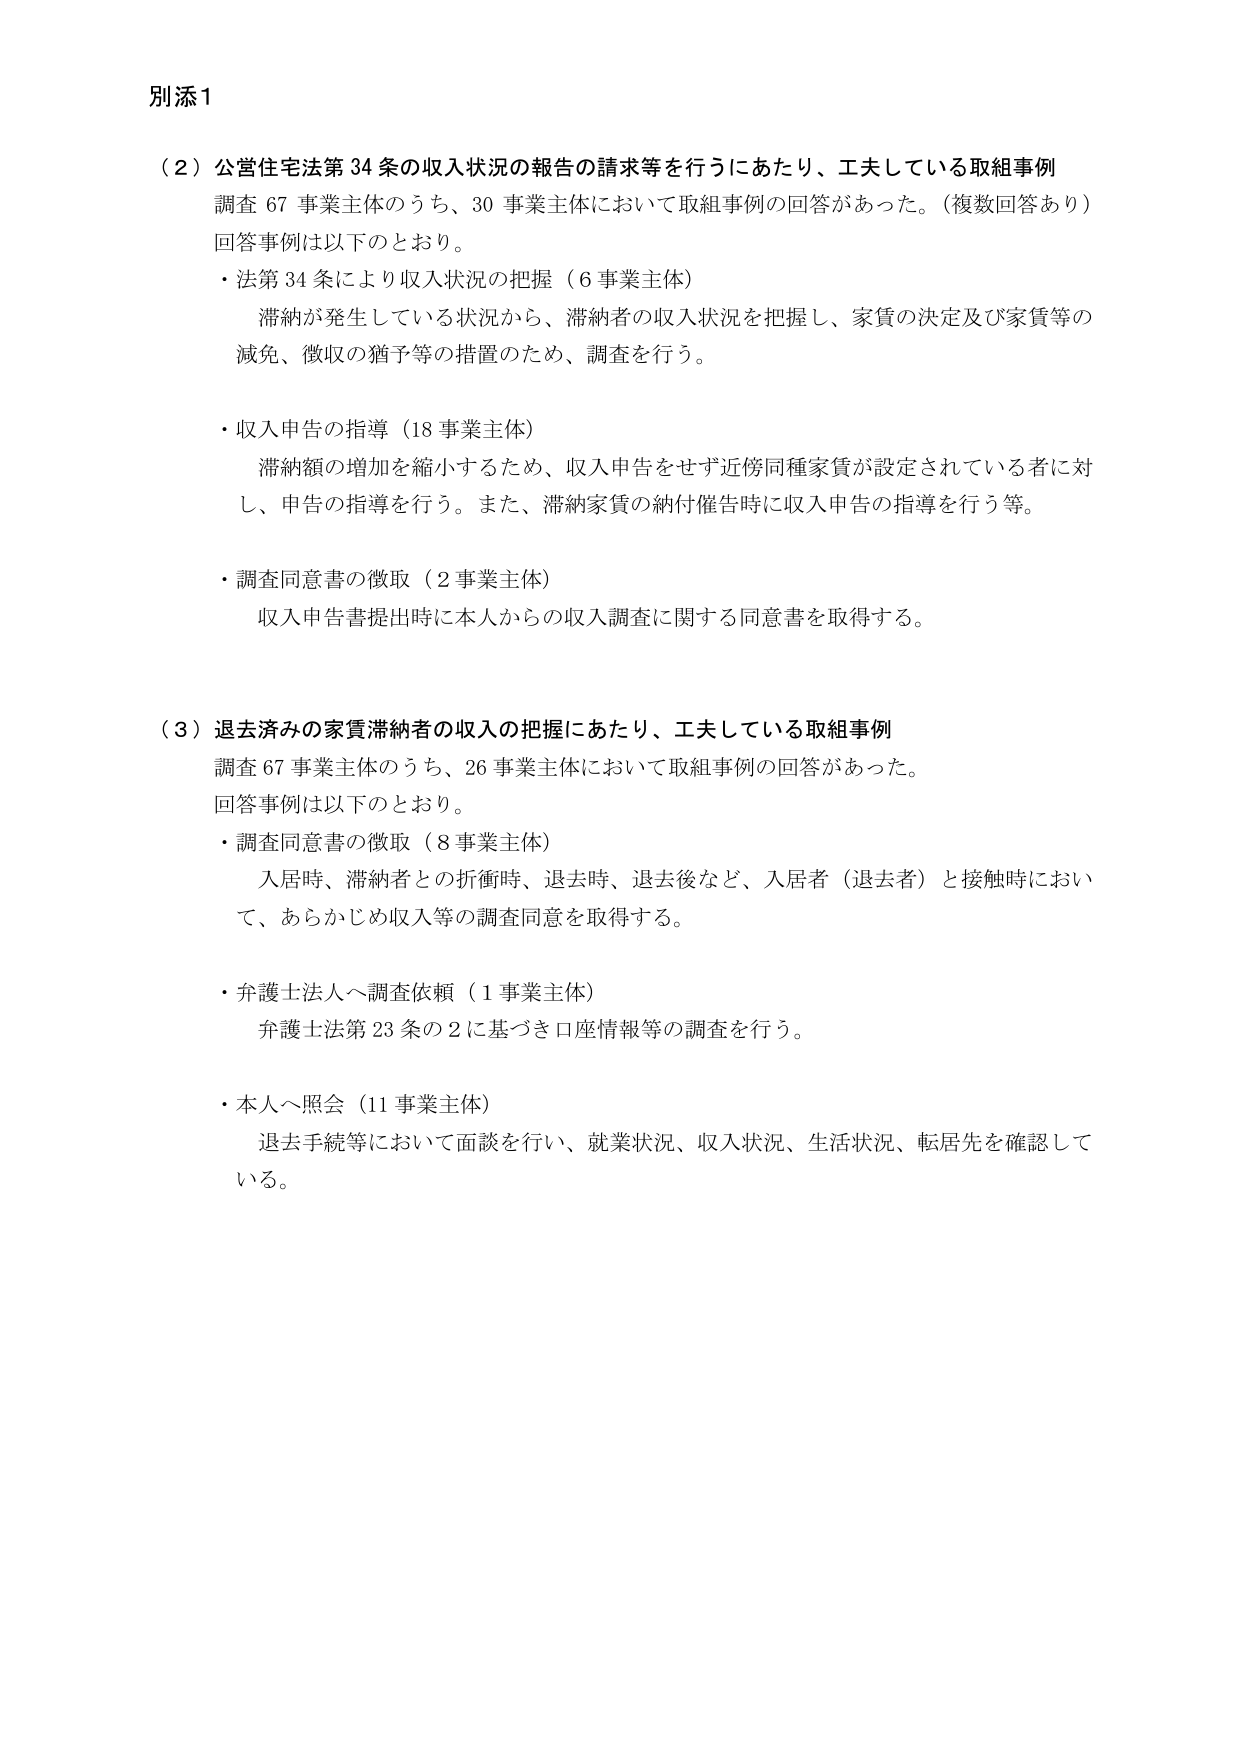
別添1

（2）公営住宅法第34条の収入状況の報告の請求等を行うにあたり、工夫している取組事例
調査67事業主体のうち、30事業主体において取組事例の回答があった。（複数回答あり）
回答事例は以下のとおり。
・法第34条により収入状況の把握（6事業主体）
　滞納が発生している状況から、滞納者の収入状況を把握し、家賃の決定及び家賃等の
　減免、徴収の猶予等の措置のため、調査を行う。
・収入申告の指導（18事業主体）
　滞納額の増加を縮小するため、収入申告をせず近傍同種家賃が設定されている者に対
　し、申告の指導を行う。また、滞納家賃の納付催告時に収入申告の指導を行う等。
・調査同意書の徴取（2事業主体）
　収入申告書提出時に本人からの収入調査に関する同意書を取得する。

（3）退去済みの家賃滞納者の収入の把握にあたり、工夫している取組事例
調査67事業主体のうち、26事業主体において取組事例の回答があった。
回答事例は以下のとおり。
・調査同意書の徴取（8事業主体）
　入居時、滞納者との折衝時、退去時、退去後など、入居者（退去者）と接触時におい
　て、あらかじめ収入等の調査同意を取得する。
・弁護士法人へ調査依頼（1事業主体）
　弁護士法第23条の2に基づき口座情報等の調査を行う。
・本人へ照会（11事業主体）
　退去手続等において面談を行い、就業状況、収入状況、生活状況、転居先を確認して
　いる。